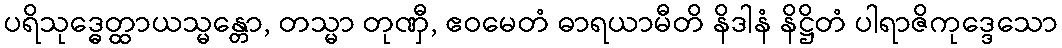
ပရိသုဒ္ဓေတ္ထာယသ္မန္တော, တသ္မာ တုဏှီ, ဧဝမေတံ ဓာရယာမီတိ နိဒါနံ နိဋ္ဌိတံ ပါရာဇိကုဒ္ဒေသော